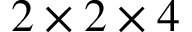
2 \times 2 \times 4